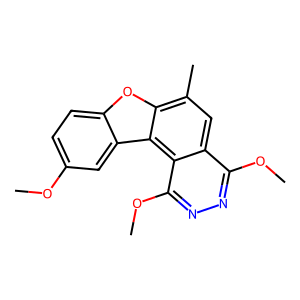
SMILES: COc1ccc2oc3c(C)cc4c(OC)nnc(OC)c4c3c2c1
Inhibits HIV replication: No